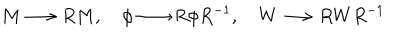
LaTeX: M \longrightarrow R M , ~ \phi \longrightarrow R \phi R ^ { - 1 } , ~ W \longrightarrow R W R ^ { - 1 }